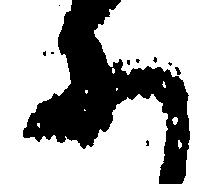
に